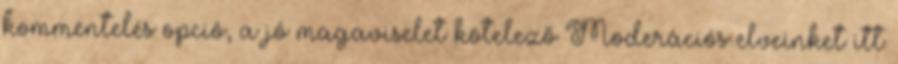
kommentelés opció, a jó magaviselet kötelező Moderációs elveinket itt